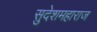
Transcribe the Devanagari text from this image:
सुदेशमहाराज